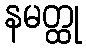
နမတ္ထု